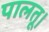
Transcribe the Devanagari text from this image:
पालतू।